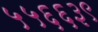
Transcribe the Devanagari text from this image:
५५६६३९